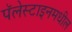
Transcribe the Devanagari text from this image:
पॅलेस्टाइनमधील